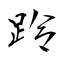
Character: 跉